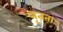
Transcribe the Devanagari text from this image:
नृतता